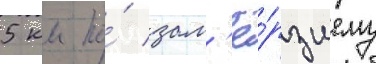
5 км по́ зам'ё́рзшему